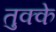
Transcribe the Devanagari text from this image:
तुक्के